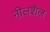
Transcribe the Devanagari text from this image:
नीलशैल